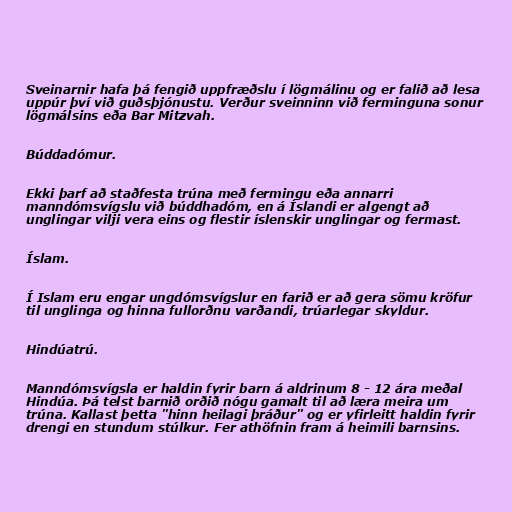
Sveinarnir hafa þá fengið uppfræðslu í lögmálinu og er falið að lesa
uppúr því við guðsþjónustu. Verður sveinninn við ferminguna sonur
lögmálsins eða Bar Mitzvah.

Búddadómur.

Ekki þarf að staðfesta trúna með fermingu eða annarri
manndómsvígslu við búddhadóm, en á Íslandi er algengt að
unglingar vilji vera eins og flestir íslenskir unglingar og fermast.

Íslam.

Í Islam eru engar ungdómsvígslur en farið er að gera sömu kröfur
til unglinga og hinna fullorðnu varðandi, trúarlegar skyldur.

Hindúatrú.

Manndómsvígsla er haldin fyrir barn á aldrinum 8 - 12 ára meðal
Hindúa. Þá telst barnið orðið nógu gamalt til að læra meira um
trúna. Kallast þetta "hinn heilagi þráður" og er yfirleitt haldin fyrir
drengi en stundum stúlkur. Fer athöfnin fram á heimili barnsins.